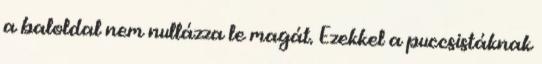
a baloldal nem nullázza le magát. Ezekkel a puccsistáknak